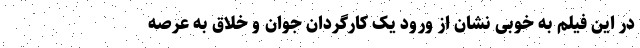
در این فیلم به خوبی نشان از ورود یک کارگردان جوان و خلاق به عرصه